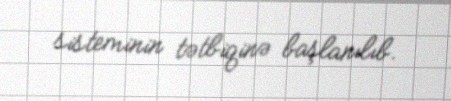
sisteminin tətbiqinə başlanılıb.